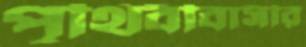
পৃথিবীবাসীর